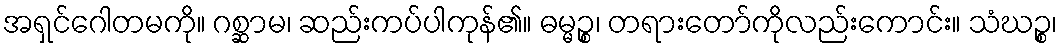
အရှင်ဂေါတမကို။ ဂစ္ဆာမ၊ ဆည်းကပ်ပါကုန်၏။ ဓမ္မဉ္စ၊ တရားတော်ကိုလည်းကောင်း။ သံဃဉ္စ၊